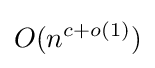
O(n^{c+o(1)})